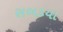
સબડયા